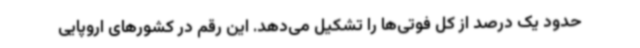
حدود یک درصد از کل فوتی‌ها را تشکیل می‌دهد. این رقم در کشورهای اروپایی